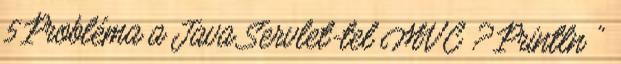
5 Probléma a Java Servlet-tel MVC ? Println ”